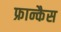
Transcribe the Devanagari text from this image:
फ्रान्कैस